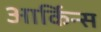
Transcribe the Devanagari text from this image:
आर्किन्स